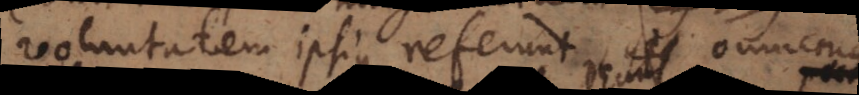
voluntatem ipsius referunt omnem